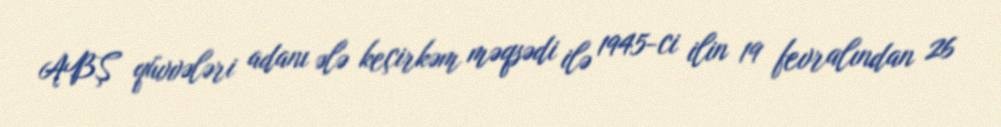
ABŞ qüvvələri adanı ələ keçirkəm məqsədi ilə 1945-ci ilin 19 fevralından 26